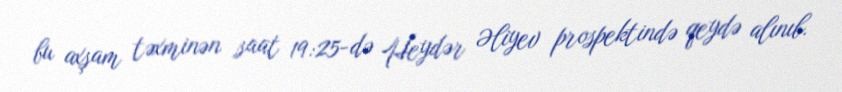
bu axşam təxminən saat 19:25-də Heydər Əliyev prospektində qeydə alınıb.